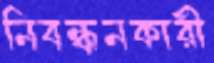
নিবন্ধনকারী